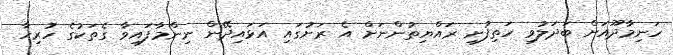
ހަނިމާދޫއަށް ބަދަލުވި ހަތިފުށި ރައްޔިތުންނަށް އެ ރަށުގައި އަޅައިދޭން ނިންމާފައިވާ ގެތަކުގެ ހުރިހާ